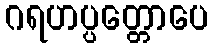
ဂရဟပ္ပတ္တောပေ